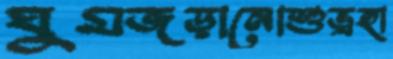
ঘুমজড়ানোশুভ্রহা